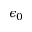
\epsilon _ { 0 }